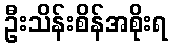
ဦးသိန်းစိန်အစိုးရ